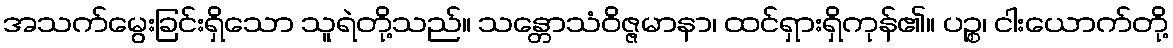
အသက်မွေးခြင်းရှိသော သူရဲတို့သည်။ သန္တောသံဝိဇ္ဇမာနာ၊ ထင်ရှားရှိကုန်၏။ ပဉ္စ၊ ငါးယောက်တို့